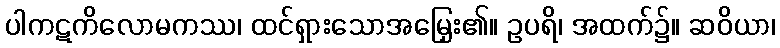
ပါကဋကိလောမကဿ၊ ထင်ရှားသောအမြှေး၏။ ဥပရိ၊ အထက်၌။ ဆဝိယာ၊